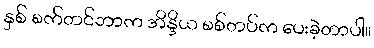
နှစ် စက်တင်ဘာက အိန္ဒိယ စစ်တပ်က ပေးခဲ့တာပါ။